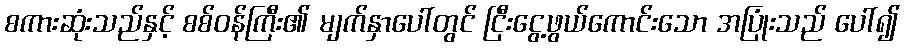
စကားဆုံးသည်နှင့် စစ်ဝန်ကြီး၏ မျက်နှာပေါ်တွင် ငြီးငွေ့ဖွယ်ကောင်းသော အပြုံးသည် ပေါ်၍